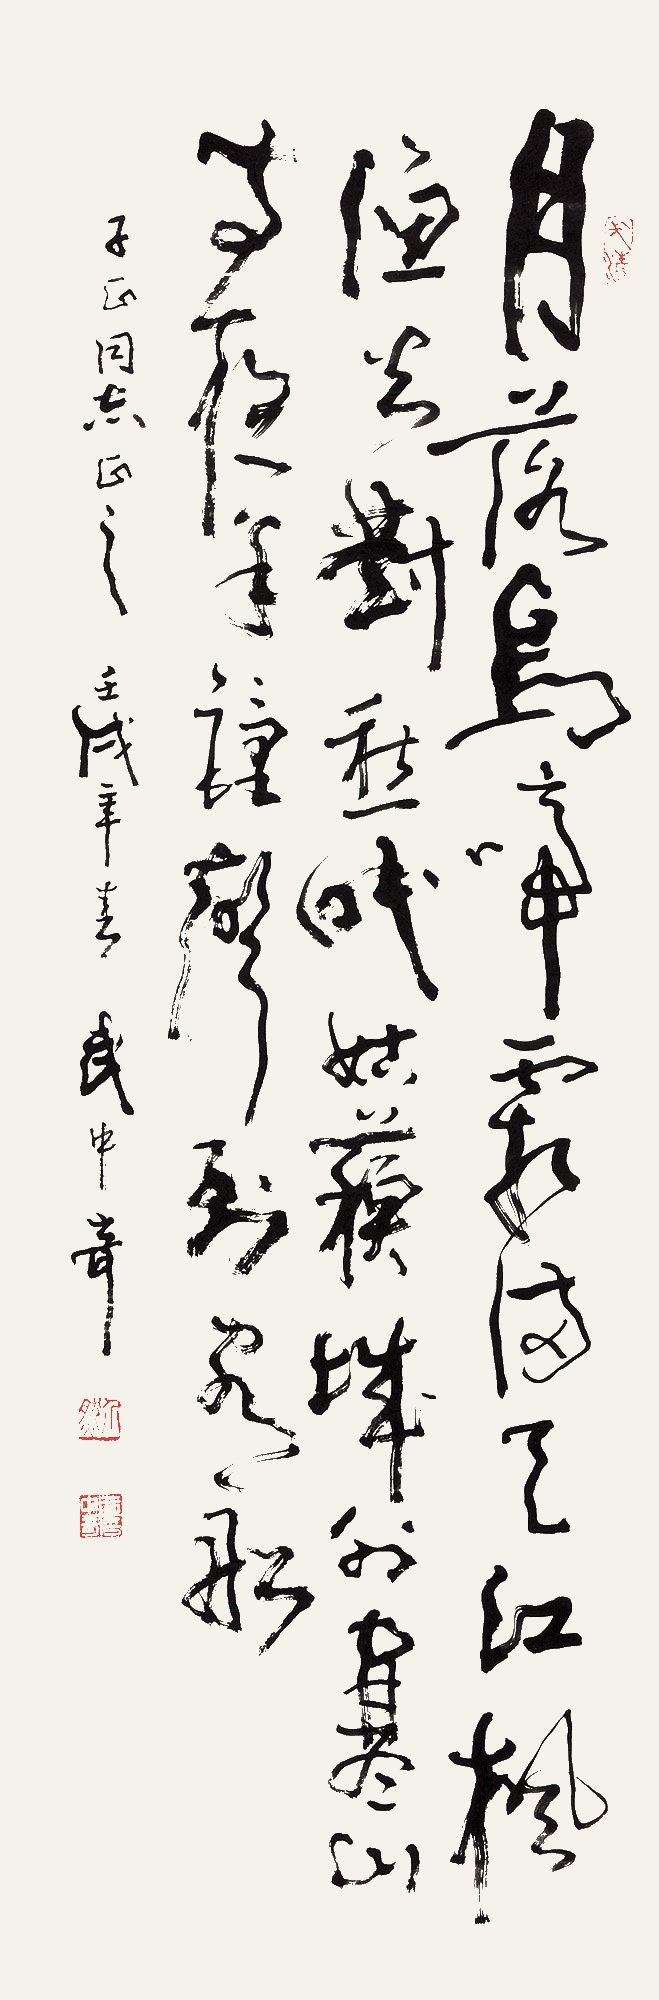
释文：月落乌啼霜满天，江枫渔火对愁眠。姑苏城外寒山寺，夜半钟声到客船。子正同志正之，壬戌年春，武中奇。